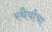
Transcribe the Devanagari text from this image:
स्थैर्याचा